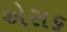
એસ૬